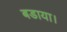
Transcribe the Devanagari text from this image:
बडाया।